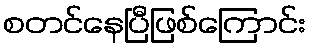
စတင်နေပြီဖြစ်ကြောင်း